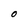
Character: O